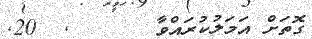
ގޮތަށް އަމަލުކުރައްވާ